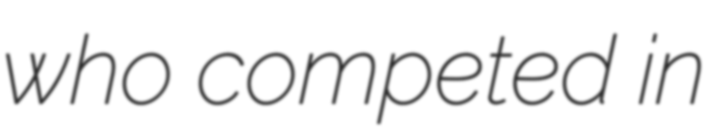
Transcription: who competed in